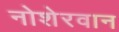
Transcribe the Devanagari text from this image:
नोशेरवान